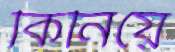
কিনিয়ে